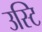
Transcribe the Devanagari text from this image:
उस्टि